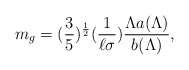
\begin{align*}m_{g} =(\frac{3}{5})^{\frac{1}{2}}(\frac{1}{\ell\sigma})\frac{\Lambda a(\Lambda)}{b(\Lambda)},\end{align*}